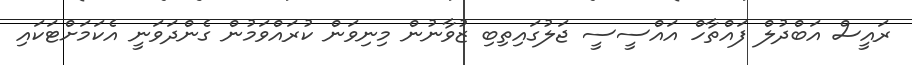
ރައީސް އަބްދުލް ފައްތާހް އައްސީސީ ޖަލުގައިތިބި ޒުވާނުން މިނިވަން ކުރައްވަމުން ގެންދަވަނީ އެކަމަށްޓަކައި